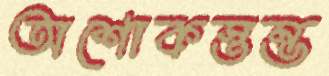
অশোকস্তম্ভ